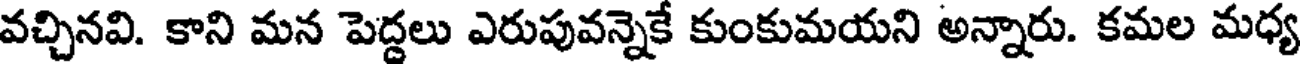
వచ్చినవి. కాని మన పెద్దలు ఎరుపువన్నెకే కుంకుమయని అన్నారు. కమల మధ్య